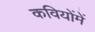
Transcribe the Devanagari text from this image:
कवियोंमें